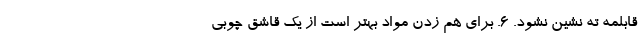
قابلمه ته نشین نشود. ۶. برای هم زدن مواد بهتر است از یک قاشق چوبی